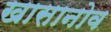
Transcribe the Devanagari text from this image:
खासानोव